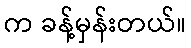
က ခန့်မှန်းတယ်။